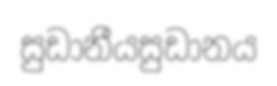
සුඩානීයසුඩානය